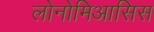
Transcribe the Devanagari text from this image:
लोनोमिआसिस